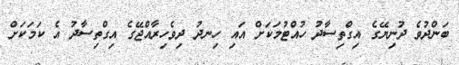
ބަންދުވެ ދުނިޔޭގެ އިގްތިސާދު ހުއްޓުމަކަށް އައި ހިނދު ދިވެހިރާއްޖޭގެ އިގްތިސާދު އެ ކަމަކަށް